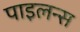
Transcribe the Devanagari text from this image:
पाइलन्स